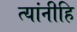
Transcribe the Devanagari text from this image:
त्यांनीहि